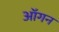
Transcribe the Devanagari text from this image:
ऑगन